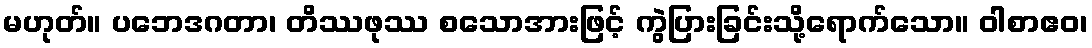
မဟုတ်။ ပဘေဒဂတာ၊ တိဿဖုဿ စသောအားဖြင့် ကွဲပြားခြင်းသို့ရောက်သော။ ဝါစာဧဝ၊